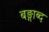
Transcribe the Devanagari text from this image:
बङ्गाब्द